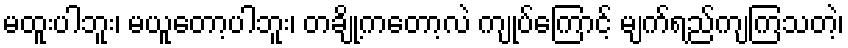
မထူးပါဘူး၊ မယူတော့ပါဘူး၊ တချို့ကတော့လဲ ကျုပ်ကြောင့် မျက်ရည်ကျကြသတဲ့၊